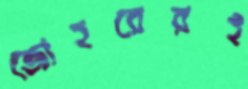
জোহরেরই